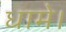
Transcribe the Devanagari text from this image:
धामे।